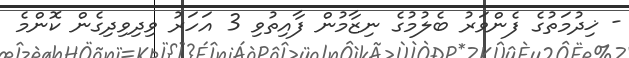
- ޚިދުމަތުގެ ފެންވަރު ބެލުމުގެ ނިޒާމުން ފާއިތުވި 3 އަހަރު ވިދިވިދިގެން ކޮންމެ